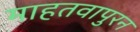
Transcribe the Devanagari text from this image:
माहतवापुरन